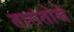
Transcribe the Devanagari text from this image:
तारांतोचे